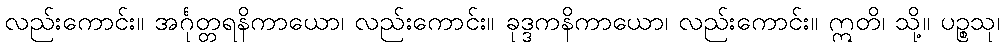
လည်းကောင်း။ အင်္ဂုတ္တရနိကာယော၊ လည်းကောင်း။ ခုဒ္ဒကနိကာယော၊ လည်းကောင်း။ ဣတိ၊ သို့။ ပဉ္စသု၊